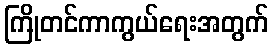
ကြိုတင်ကာကွယ်ရေးအတွက်